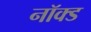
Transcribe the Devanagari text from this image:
नॉक्ड